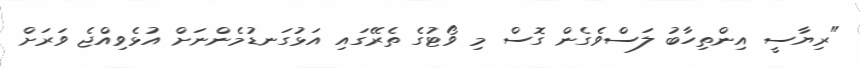
"ރިޔާސީ އިންތިހާބު ލަސްވެގެން ގޮސް މި ވޯޓުގެ ތެރޭގައި އަޅުގަނޑުމެންނަށް އުޅެވިއްޖެ ވަރަށް